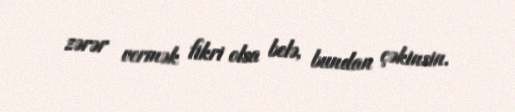
zərər vermək fikri olsa belə, bundan çəkinsin.